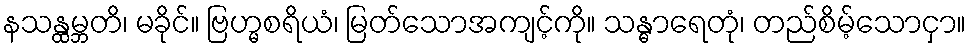
နသန္ထမ္ဘတိ၊ မခိုင်။ ဗြဟ္မစရိယံ၊ မြတ်သောအကျင့်ကို။ သန္ဓာရေတုံ၊ တည်စိမ့်သောငှာ။